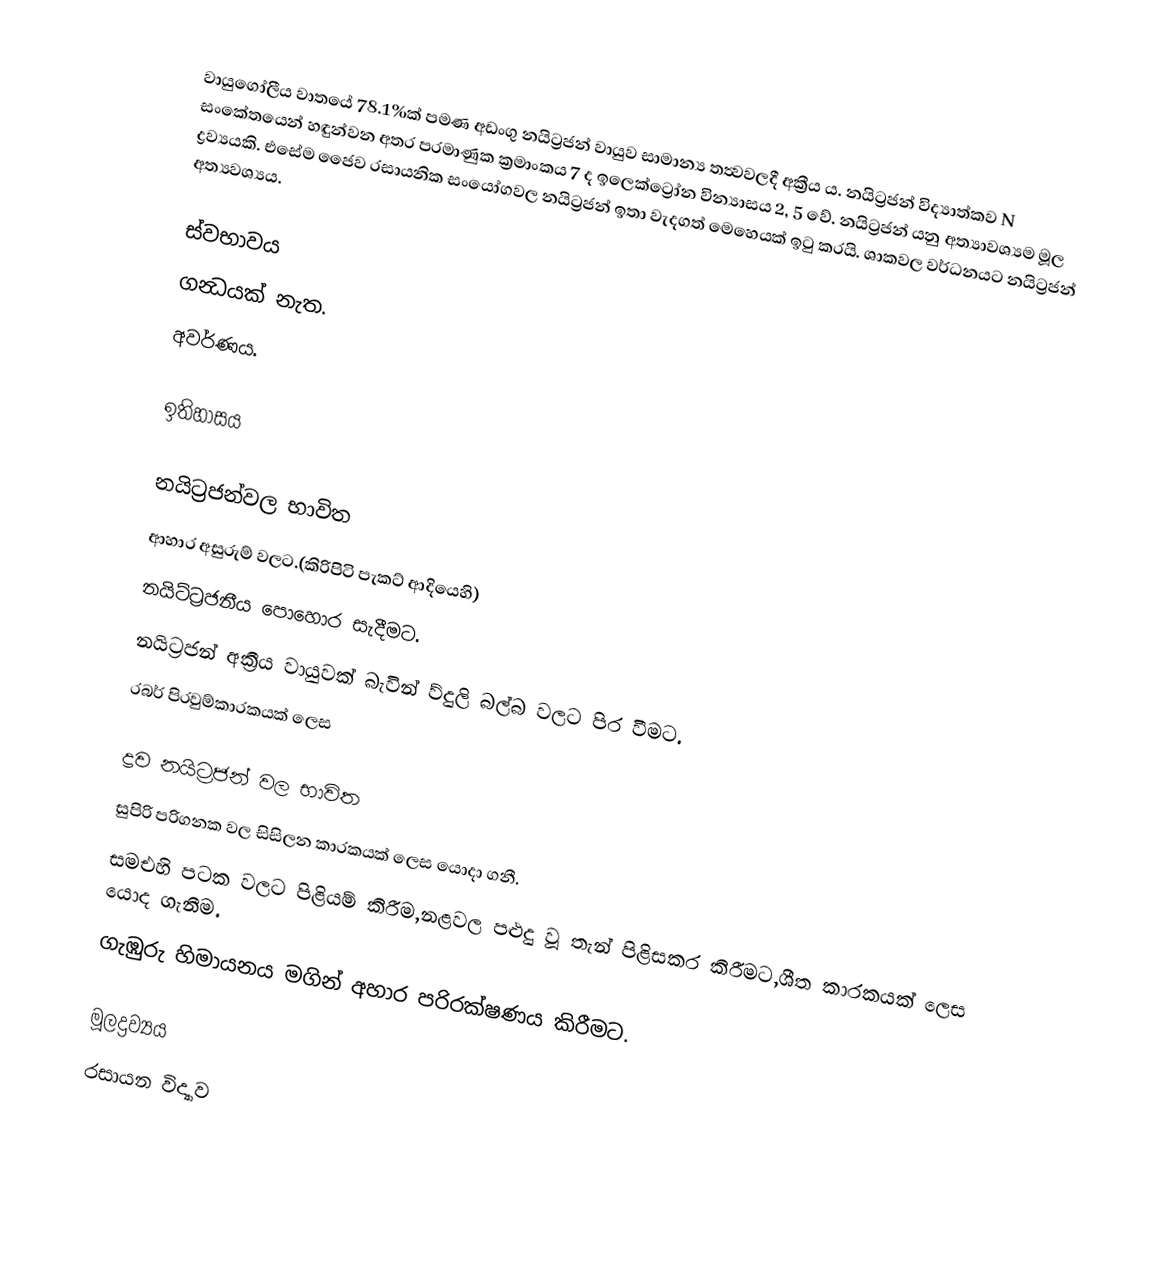
වායුගෝලීය වාතයේ 78.1%ක් පමණ අඩංගු නයිට්‍රජන් වායුව සාමාන්‍ය තත්‍වවලදී අක්‍රීය ය. නයිට්‍රජන් විද්‍යාත්කව N සංකේතයෙන් හඳුන්වන අතර පරමාණුක ක්‍රමාංකය 7 ද ඉලෙක්ට්‍රෝන වින්‍යාසය 2, 5 වේ. නයිට්‍රජන් යනු අත්‍යාවශ්‍යම මූල ද්‍රව්‍යයකි. එසේම ජෛව රසායනික සංයෝගවල නයිට්‍රජන් ඉතා වැදගත් මෙහෙයක්‌ ඉටු කරයි. ශාකවල වර්ධනයට නයිට්‍රජන් අත්‍යවශ්‍යය.

ස්වභාවය
 ගන්‍ධයක් නැත.
 අවර්ණය.

ඉතිහාසය

නයිට්‍රජන්වල භාවිත
ආහාර අසුරුම් වලට.(කිරිපිටි පැකට් ආදියෙහි)
නයිට්‍ට්‍රජනීය පොහොර සැදීමට.
නයිට්‍රජන් අක්‍රීය වායුවක් බැවින් ව්දුලි බල්බ වලට පිර වීමට.
රබර් පිරවුම්කාරකයක් ලෙස

ද්‍රව නයිට්‍රජන් වල භාවිත
සුපිරි පරිගනක වල සිසිලන කාරකයක් ලෙස යොදා ගනී.
සමඑහි පටක වලට පිළියම් කිරීම,නළවල පළුදු වූ තැන් පිළිසකර කිරීමට,ශීත කාරකයක් ලෙස යොද ගැනීම.
ගැඹුරු හිමායනය මගින් අහාර පරිරක්ෂණය කිරීමට.

මූලද්‍රව්‍යය
රසායන විද්‍යාව